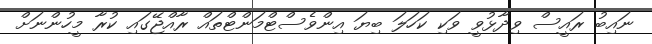
ނައިބު ރައީސް ވިދާޅުވީ ވަކި ކަހަލަ ބިޔަ އިންވެސްޓްމަންޓްތައް ރާއްޖޭގައި ކުރާ މީހުންނަށް